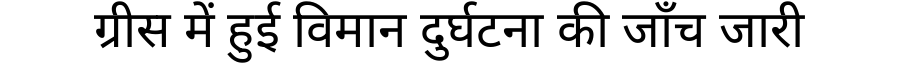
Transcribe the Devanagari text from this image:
ग्रीस में हुई विमान दुर्घटना की जाँच जारी